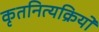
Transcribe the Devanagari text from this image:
कृतनित्यक्रियो